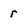
Character: r